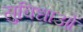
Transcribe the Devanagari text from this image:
सु्विधाओं